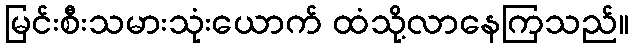
မြင်းစီးသမားသုံးယောက် ထံသို့လာနေကြသည်။